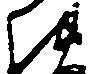
を